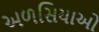
અળસિયાઓ